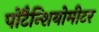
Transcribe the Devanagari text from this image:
पोटैन्शियोमीटर